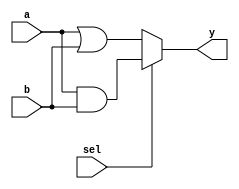
module combinational_logic (
    input wire [3:0] a,       // 4-bit input
    input wire [3:0] b,       // 4-bit input
    input wire sel,           // 1-bit select input
    output reg [3:0] y        // 4-bit output
);

    // Combinational logic block
    always @(*) begin
        // Evaluate output based on inputs
        if (sel) begin
            y = a & b;         // AND operation when sel is 1
        end else begin
            y = a | b;         // OR operation when sel is 0
        end
    end
endmodule